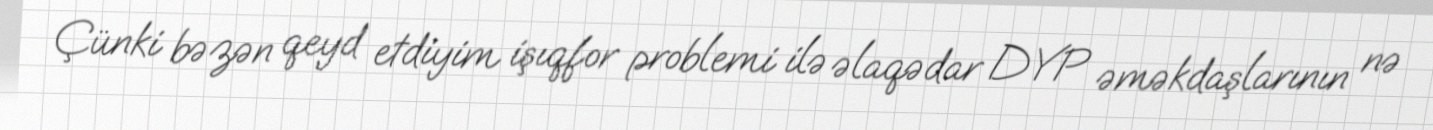
Çünki bəzən qeyd etdiyim işıqfor problemi ilə əlaqədar DYP əməkdaşlarının nə